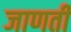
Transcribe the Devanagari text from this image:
जाणती